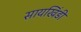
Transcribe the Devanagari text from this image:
सायखिंडी